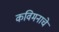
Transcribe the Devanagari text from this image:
कविमनाचे